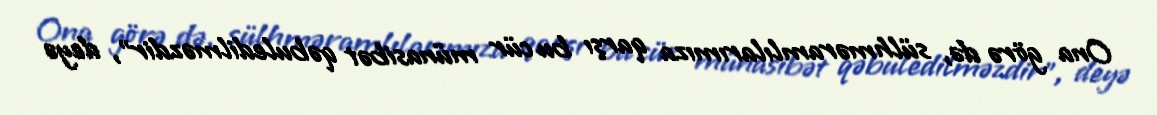
Ona görə də, sülhməramlılarımıza qarşı bu cür münasibət qəbuledilməzdir”, deyə